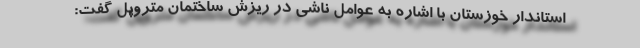
استاندار خوزستان با اشاره به عوامل ناشی در ریزش ساختمان متروپل گفت: